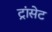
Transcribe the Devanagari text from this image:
ट्रांसेट